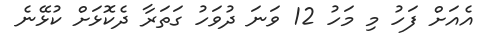
އެއަށް ފަހު މި މަހު 12 ވަނަ ދުވަހު ގަތަރާ ދެކޮޅަށް ކުޅޭނެ